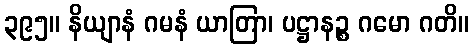
၃၉၅။ နိယျာနံ ဂမနံ ယာတြာ၊ ပဋ္ဌာနဉ္စ ဂမော ဂတိ။